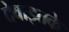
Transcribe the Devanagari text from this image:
देवाइतके